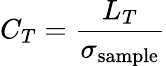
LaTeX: C_{T}=\frac{L_{T}}{\sigma_{\textnormal{sample}}}